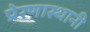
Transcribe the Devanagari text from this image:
प्रेरणास्थानी